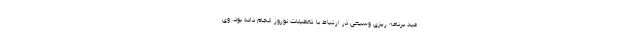
عید برنامه ریزی وسیعی در ارتباط با تعطیلات نوروز انجام داده بود. وی